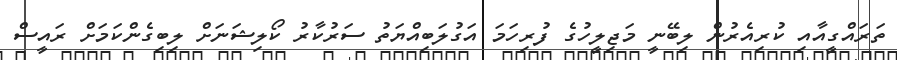
ތަރައްގީއާއި ކުރިއެރުން ލިބޭނީ މަޖިލީހުގެ ފުރިހަމަ އަގުލަބިއްޔަތު ސަރުކާރު ކޯލިޝަނަށް ލިބިގެންކަމަށް ރައީސް